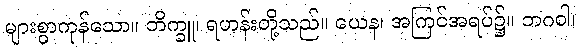
များစွာကုန်သော။ ဘိက္ခူ၊ ရဟန်းတို့သည်။ ယေန၊ အကြင်အရပ်၌။ ဘဂဝါ၊